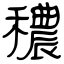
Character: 穠